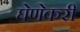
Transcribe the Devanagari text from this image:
घेणेकरी